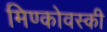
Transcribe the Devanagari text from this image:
मिण्कोवस्की